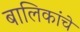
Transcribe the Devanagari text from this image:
बालिकांचे